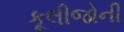
કૂલીજોની